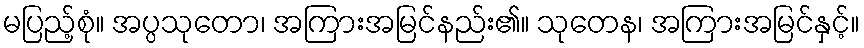
မပြည့်စုံ။ အပ္ပသုတော၊ အကြားအမြင်နည်း၏။ သုတေန၊ အကြားအမြင်နှင့်။